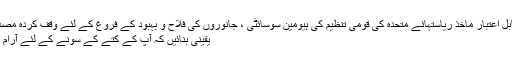
[2] ایکس قابل اعتبار ماخذ ریاستہائے متحدہ کی قومی تنظیم کی ہیومین سوسائٹی ، جانوروں کی فلاح و بہبود کے فروغ کے لئے وقف کردہ مصدر پر جائیں
یقینی بنائیں کہ آپ کے کتے کے سونے کے لئے آرام دہ جگہ ہے۔